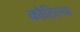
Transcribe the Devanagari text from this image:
कौटिल्या